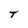
Character: T